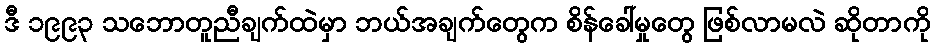
ဒီ ၁၉၉၃ သဘောတူညီချက်ထဲမှာ ဘယ်အချက်တွေက စိန်ခေါ်မှုတွေ ဖြစ်လာမလဲ ဆိုတာကို